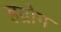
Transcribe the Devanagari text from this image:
हद्रोग